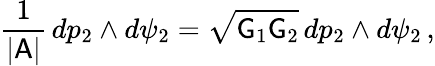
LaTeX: \frac{1}{|\mathsf{A}|}\, dp_{2}\wedge d\psi_{2}=\sqrt{\mathsf{G}_{1}\mathsf{G}_{2}}\, dp_{2}\wedge d\psi_{2}\, ,